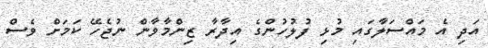
އަދި އެ މައްސަލާގައި މުޅި ފުލުހުންގެ އިދާރާ ޒިންމާވާން ނުޖެހޭ ކަމަށް ވެސް